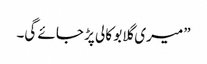
”میری گلابو کالی پڑ جائے گی۔